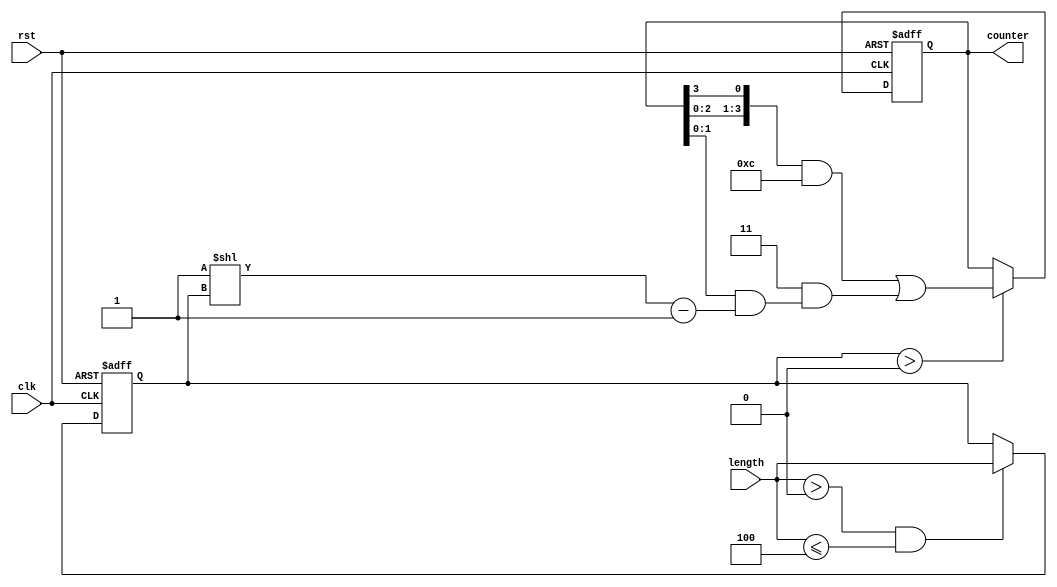
module variable_length_ring_counter #(parameter LENGTH = 4) (
    input wire clk,           // Clock input
    input wire rst,           // Reset input
    input wire [31:0] length, // Desired length of the counter (1 to LENGTH)
    output reg [LENGTH-1:0] counter // Current state of the counter
);

// Internal variable to hold the current length
reg [31:0] current_length;

// Always block for reset and length configuration
always @(posedge clk or posedge rst) begin
    if (rst) begin
        // On reset, initialize the counter
        counter <= (1 << (LENGTH - 1)); // Set one '1' at the highest position
        current_length <= LENGTH; // Default to maximum length
    end else begin
        // Update current_length based on input length
        if (length > 0 && length <= LENGTH) begin
            current_length <= length;
        end

        // Shift the '1' through the counter
        if (current_length > 0) begin
            counter <= {counter[LENGTH-2:0], counter[LENGTH-1]}; // Shift left
            // Reset the bits beyond the current length
            counter[current_length-1:0] <= counter[current_length-1:0] & {(1'b1 << current_length) - 1};
        end
    end
end

endmodule